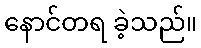
နောင်တရ ခဲ့သည်။